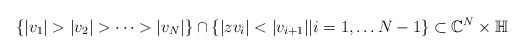
\begin{align*}\{ |v_1| > |v_2| > \dots > |v_N|\} \cap \{ |zv_i| < |v_{i+1}| | i = 1, \dots N-1\} \subset \mathbb C^N \times \mathbb H\end{align*}